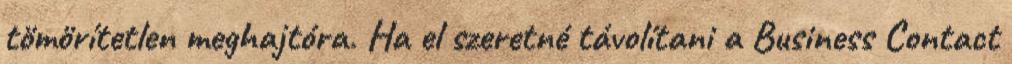
tömörítetlen meghajtóra. Ha el szeretné távolítani a Business Contact